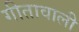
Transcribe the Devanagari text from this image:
गीतावाली